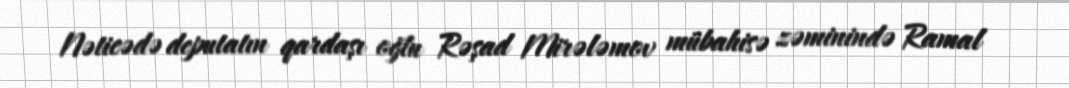
Nəticədə deputatın qardaşı oğlu Rəşad Mirələmov mübahisə zəminində Ramal